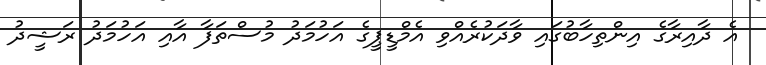
އެ ދާއިރާގެ އިންތިހާބުގައި ވާދަކުރެއްވި އެމްޑީޕީގެ އަހުމަދު މުސްތަފާ އާއި އަހުމަދު ރަޝީދު